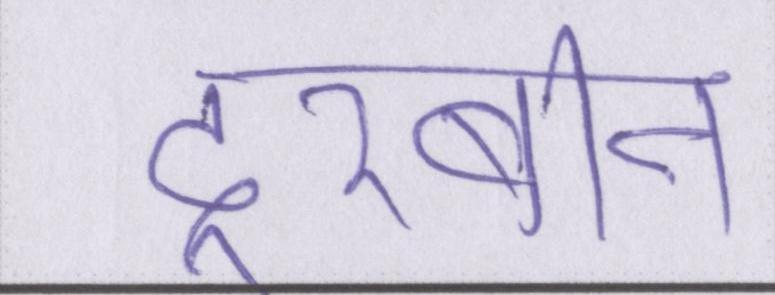
दूरबीन